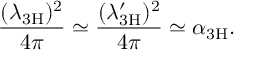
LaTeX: \frac { ( \lambda _ { \mathrm { 3 H } } ) ^ { 2 } } { 4 \pi } \simeq \frac { ( \lambda _ { \mathrm { 3 H } } ^ { \prime } ) ^ { 2 } } { 4 \pi } \simeq \alpha _ { \mathrm { 3 H } } .